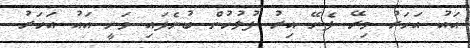
އައު އަހަރު މިރޭ ފެށޭ އިރު ފުލުހުން ބުނެފައި ވަނީ އައު އަހަރު